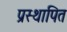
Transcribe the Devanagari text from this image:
प्रस्‍थापित